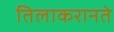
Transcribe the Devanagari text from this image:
तिलाकरानते